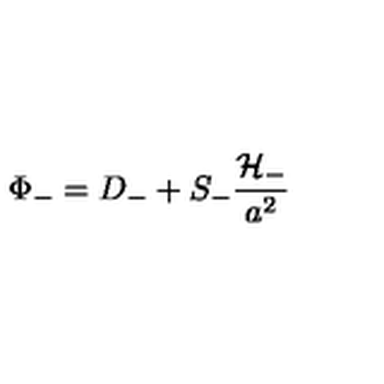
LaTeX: \Phi _ { - } = D _ { - } + S _ { - } \frac { \cal { H } _ { - } } { a ^ { 2 } }